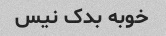
خوبه بدک نیس